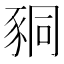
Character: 𧱁